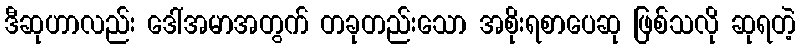
ဒီဆုဟာလည်း ဒေါ်အမာအတွက် တခုတည်းသော အစိုးရစာပေဆု ဖြစ်သလို ဆုရတဲ့